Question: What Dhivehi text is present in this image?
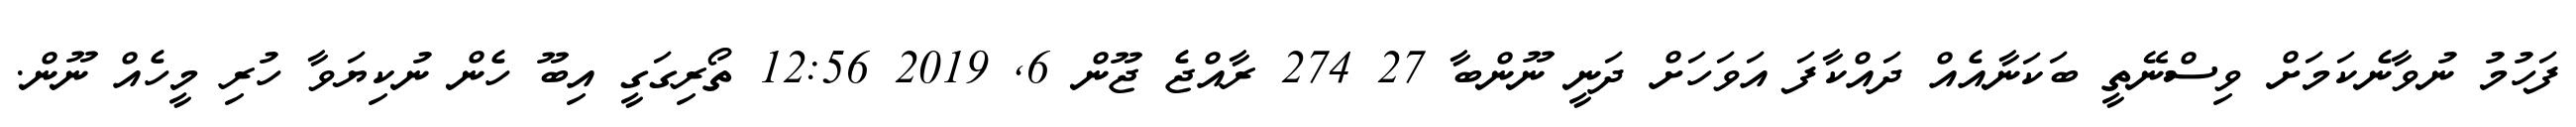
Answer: ފަހުމު ނުވާނެކަމަށް ވިސްނޭތީ ބަކަނާއެއް ދައްކާފަ އަވަހަށް ދަނީ ނޫންބާ 27 274 ރާއްޖެ ޖޫން 6, 2019 12:56 ތޯރިގަގީ އިބޫ ހެން ނުކިޔަވާ ހުރި މީހެއް ނޫން.